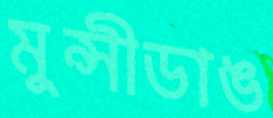
মুন্সীডাঙ